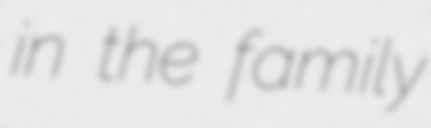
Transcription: in the family